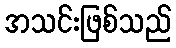
အသင်းဖြစ်သည်